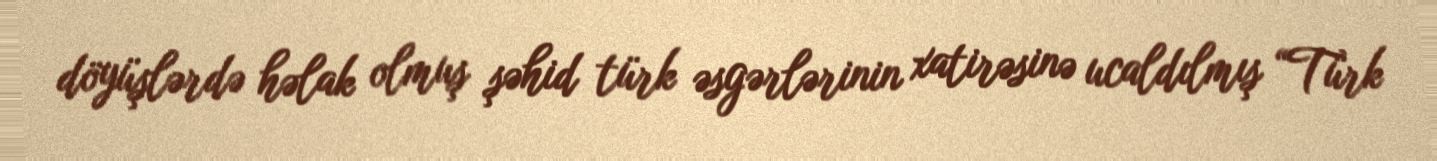
döyüşlərdə həlak olmuş şəhid türk əsgərlərinin xatirəsinə ucaldılmış “Türk